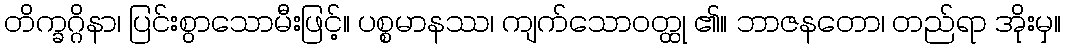
တိက္ခဂ္ဂိနာ၊ ပြင်းစွာသောမီးဖြင့်။ ပစ္စမာနဿ၊ ကျက်သောဝတ္ထု ၏။ ဘာဇနတော၊ တည်ရာ အိုးမှ။